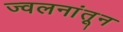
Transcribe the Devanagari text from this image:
ज्वलनांतून